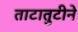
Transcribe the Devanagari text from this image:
ताटातुटीने